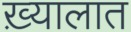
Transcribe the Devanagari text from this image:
ख़्यालात